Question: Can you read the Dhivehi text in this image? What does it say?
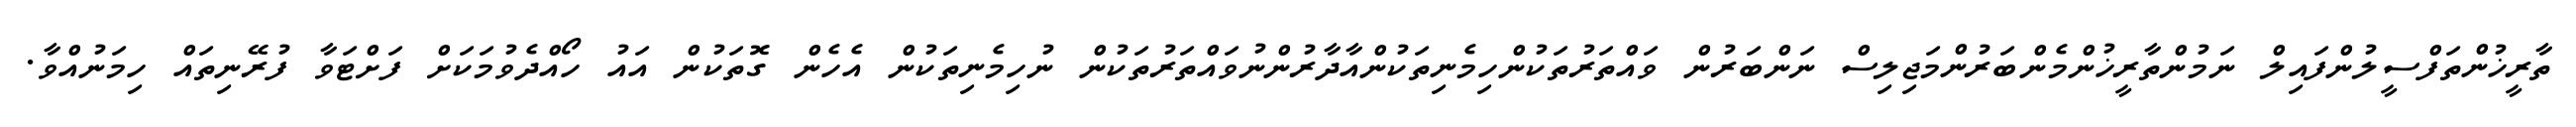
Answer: ތާރީޚުންތަފްސީލުންފައިލް ނަމުންތާރީޚުންމެންބަރުންމަޖިލިސް ނަންބަރުން ވައްތަރުތަކުންހިމެނިތަކުންއާދާރުންނުވައްތަރުތަކުން ނުހިމެނިތަކުން އެހެން ގޮތަކުން އައު ހޯއްދެވުމަކަށް ފަށްޓަވާ ފުރޭނިތައް ހިމަނުއްވާ.